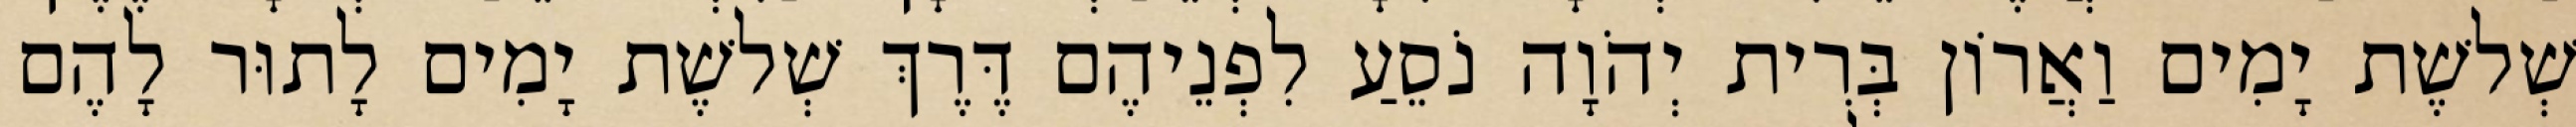
שְׁלשֶׁת יָמִים וַאֲרוֹן בְּרִית יְהֹוָה נֹסֵעַ לִפְנֵיהֶם דֶּרֶךְ שְׁלשֶׁת יָמִים לָתוּר לָהֶם